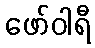
ဖော်ဝါရီ